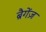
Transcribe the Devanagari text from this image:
ब्रैगेंज़